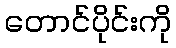
တောင်ပိုင်းကို